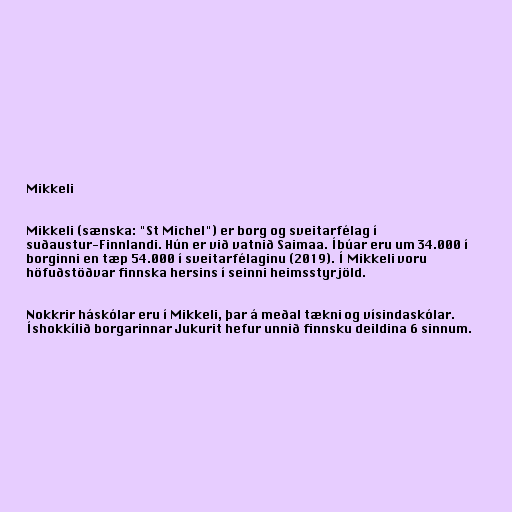
Mikkeli

Mikkeli (sænska: "St Michel") er borg og sveitarfélag í
suðaustur-Finnlandi. Hún er við vatnið Saimaa. Íbúar eru um 34.000 í
borginni en tæp 54.000 í sveitarfélaginu (2019). Í Mikkeli voru
höfuðstöðvar finnska hersins í seinni heimsstyrjöld.

Nokkrir háskólar eru í Mikkeli, þar á meðal tækni og vísindaskólar.
Íshokkílið borgarinnar Jukurit hefur unnið finnsku deildina 6 sinnum.